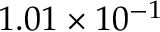
1 . 0 1 \times 1 0 ^ { - 1 }